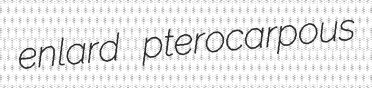
enlard pterocarpous